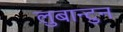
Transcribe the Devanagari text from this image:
लुबान्टुन